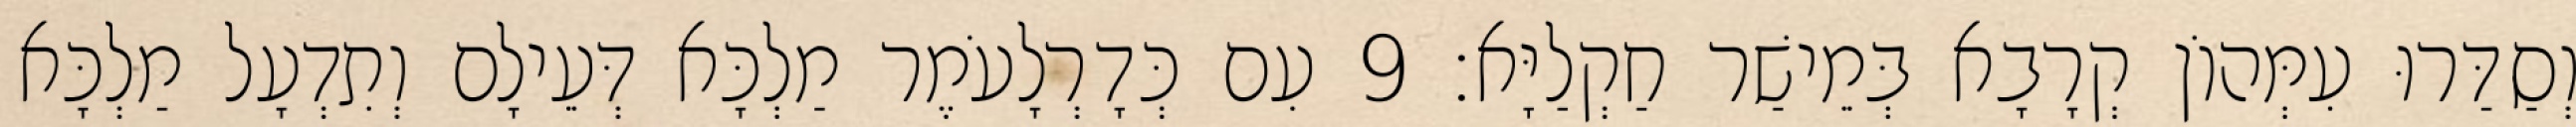
וְסַדַּרוּ עִמְּהוֹן קְרָבָא בְּמֵישַׁר חַקְלַיָּא׃ 9 עִם כְּדָרְלָעֹמֶר מַלְכָּא דְּעֵילָם וְתִדְעָל מַלְכָּא